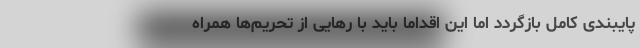
پایبندی کامل بازگردد اما این اقداما باید با رهایی از تحریم‌ها همراه